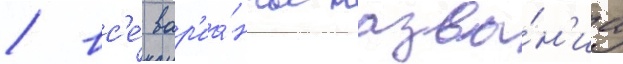
/ вс'е́ вар'иа́нты назва́н'иа